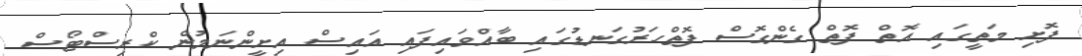
ފޮށި މަތީގައި އޮތް ފޮތް ގެންގޮސް ފޮތްހަރުގަނޑުގައި ބާއްވައިފައި އައިސް އިށީންނަމުން ކްރިސްޓޯސް